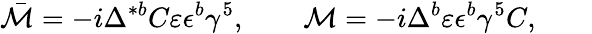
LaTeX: \bar{\cal M}=-i\Delta^{*b}C\varepsilon\epsilon^{b}\gamma^{5},\qquad{\cal M}=-i\Delta^{b}\varepsilon\epsilon^{b}\gamma^{5}C,\qquad